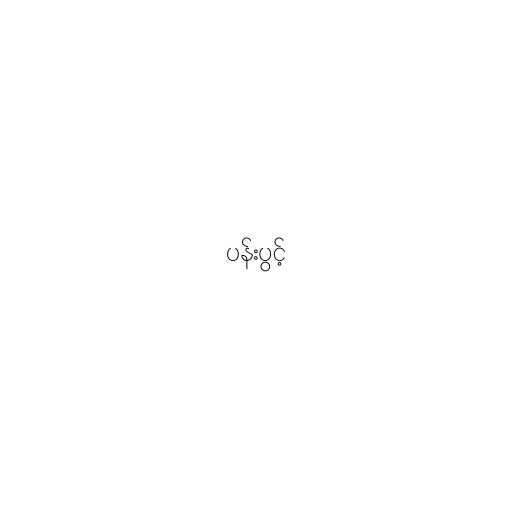
ပန်းပွင့်